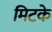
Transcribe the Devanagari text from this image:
मिटके